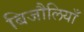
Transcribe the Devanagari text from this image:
बिजौलियाँ